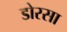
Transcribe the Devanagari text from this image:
डोरसा